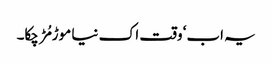
یہ اب‘ وقت اک نیا موڑ مُڑ چکا۔